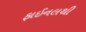
ફાઈનલથી